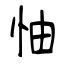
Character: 怞